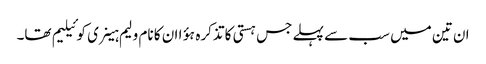
ان تین میں سب سے پہلے جس ہستی کا تذکرہ ہؤا ان کا نام ولیم ہینری کوئیلیم تھا۔